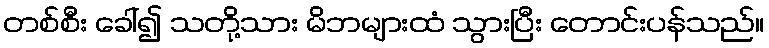
တစ်စီး ခေါ်၍ သတို့သား မိဘများထံ သွားပြီး တောင်းပန်သည်။